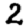
Digit: 2